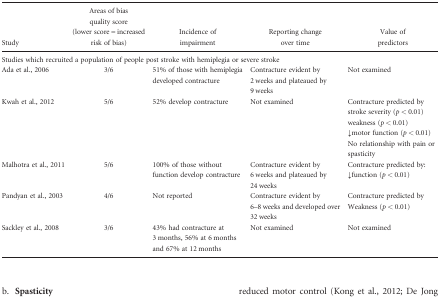
| Study | Areas of bias quality score (lower score = increased risk of bias) | Incidence of impairment | Reporting change over time | Value of predictors |
 | --- | --- | --- | --- | --- |
 | <COLSPAN=5> Studies which recruited a population of people post stroke with hemiplegia or severe stroke |
 | Ada et al., 2006 | 3/6 | 51% of those with hemiplegia developed contracture | Contracture evident by 2 weeks and plateaued by 9 weeks | Not examined |
 | <ROWSPAN=5> Kwah et al., 2012 | <ROWSPAN=5> 5/6 | <ROWSPAN=5> 52% develop contracture | <ROWSPAN=5> Not examined | Contracture predicted by |
 | stroke severity (p < 0.01) |
 | weakness (p < 0.01) |
 | ↓motor function (p < 0.01) |
 | No relationship with pain or spasticity |
 | <ROWSPAN=2> Malhotra et al., 2011 | <ROWSPAN=2> 5/6 | <ROWSPAN=2> 100% of those without function develop contracture | <ROWSPAN=2> Contracture evident by 6 weeks and plateaued by 24 weeks | Contracture predicted by: |
 | ↓function (p < 0.01) |
 | <ROWSPAN=2> Pandyan et al., 2003 | <ROWSPAN=2> 4/6 | <ROWSPAN=2> Not reported | <ROWSPAN=2> Contracture evident by 6–8 weeks and developed over 32 weeks | Contracture predicted by |
 | Weakness (p < 0.01) |
 | Sackley et al., 2008 | 3/6 | 43% had contracture at 3 months, 56% at 6 months and 67% at 12 months | Not examined | Not examined |